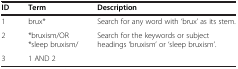
| ID | Term | Description |
 | --- | --- | --- |
 | 1 | brux* | Search for any word with ‘brux’ as its stem. |
 | 2 | *bruxism/OR *sleep bruxism/ | Search for the keywords or subject headings ‘bruxism’ or ‘sleep bruxism’. |
 | 3 | 1 AND 2 |  |